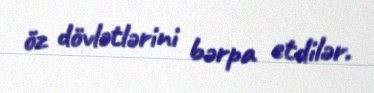
öz dövlətlərini bərpa etdilər.